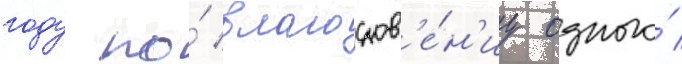
году по́ благослов'е́н'иу одного́